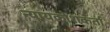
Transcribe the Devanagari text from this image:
न्यायकोशकर्ता